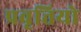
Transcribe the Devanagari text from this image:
प्रवृत्तियो